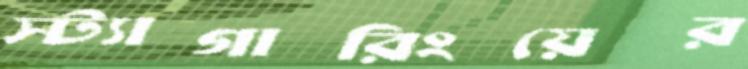
স্ট্যাগারিংয়ের